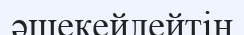
әшекейлейтін